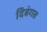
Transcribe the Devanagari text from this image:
दिबंगत